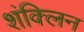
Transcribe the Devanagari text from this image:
शंक्लिन